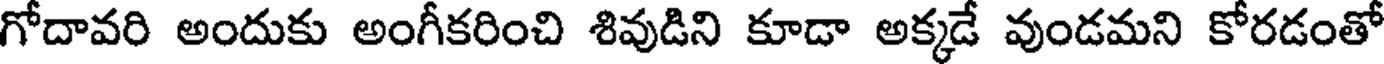
గోదావరి అందుకు అంగీకరించి శివుడిని కూడా అక్కడే వుండమని కోరడంతో